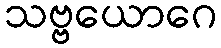
သဗ္ဗယောဂေ